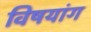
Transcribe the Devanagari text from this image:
विषयांग